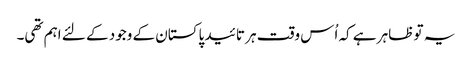
یہ تو ظاہر ہے کہ اُس وقت ہر تائید پاکستان کے وجود کے لئے اہم تھی۔